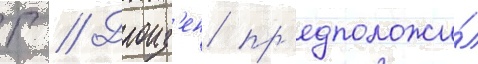
Г // Дроиз'ен пр'едположи́л